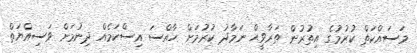
މަސައްކަތް ކުރުމުގެ އިތުރުން ތަރާވީޙް ނަމާދު ކުރުމަށް ހާއްސަ އިސްކަމެއް ދިނުމަށް ވަސިއްޔަތް